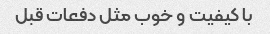
با کیفیت و خوب مثل دفعات قبل